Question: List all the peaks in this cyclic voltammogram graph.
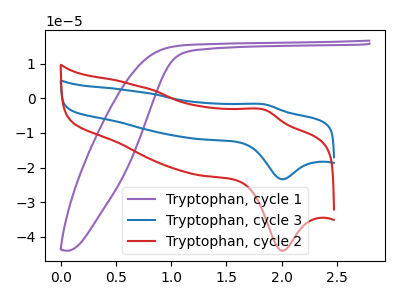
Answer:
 <answer>The purple curve "Tryptophan, cycle 1" has no peaks. The blue curve "Tryptophan, cycle 3" has an anodic peak at (1.85V, -1.80uA) and a cathodic peak at (2.00V, -23.35uA). The red curve "Tryptophan, cycle 2" has an anodic peak at (1.85V, -3.40uA) and a cathodic peak at (2.00V, -44.00uA).</answer>
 <eval></eval>